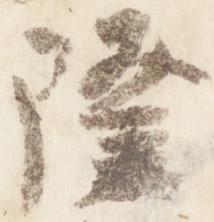
隆